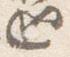
廻